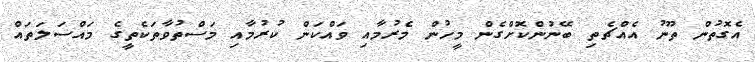
އެގޮތުން ތޫނު އެއްޗެތި ބޭނުންކޮށްގެން މީހުން މެރުމާއި ވައްކަން ކުރުމާއި މަސްތުވާތަކެތީގެ މައްސަލަތައް